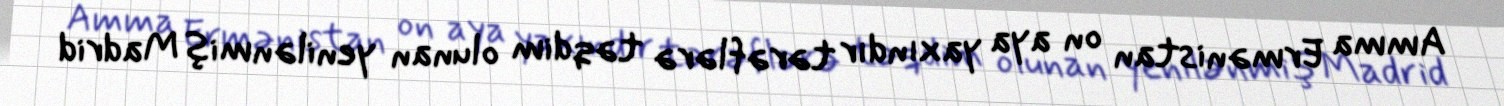
Amma Ermənistan on aya yaxındır tərəflərə təqdim olunan yenilənmiş Madrid